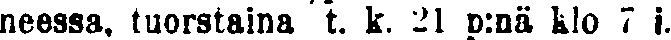
neessa, tuorstaina "t. k. 21 p:nä klo 7 i.